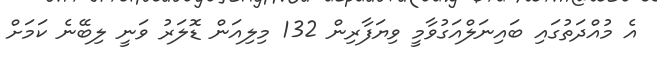
އެ މުއްދަތުގައި ބައިނަލްއަގުވާމީ ވިޔަފާރިން 132 މިލިއަން ޑޮލަރު ވަނީ ލިބޭނެ ކަމަށް